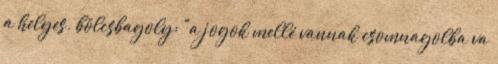
a helyes. bölcsbagoly: "a jogok mellé vannak csomnagolba va